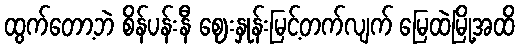
ထွက်တော့ဘဲ စိန်ပန်းနီ ဈေးနှုန်းမြင့်တက်လျက် မြေထဲမြို့အထိ